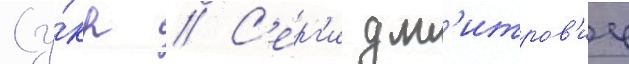
(у́кр // С'ерг'и дм'итров'ич